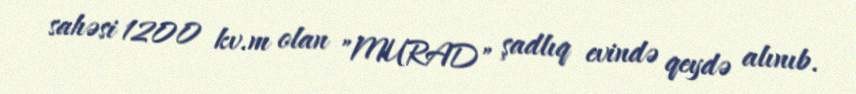
sahəsi 1200 kv.m olan "MURAD" şadlıq evində qeydə alınıb.